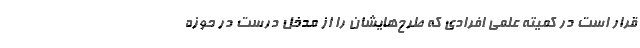
قرار است در کمیته علمی افرادی که طرح‌هایشان را از مدخل درست در حوزه